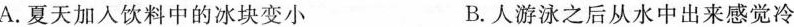
A.夏天加人饮料中的冰块变小 B.人游泳之后从水中出来感觉冷